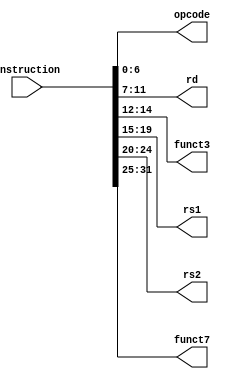
`timescale 1ns / 1ps

module InsParser
(
input [31:0] instruction,
output [6:0] opcode,
output [4:0] rd,
output [2:0] funct3,
output [4:0] rs1,
output [4:0] rs2,
output [6:0] funct7
);
assign opcode = instruction [6:0];
assign rd = instruction [11:7];
assign funct3 = instruction [14:12];
assign rs1 = instruction [19:15];
assign rs2 = instruction [24:20];
assign funct7 = instruction [31:25];
endmodule